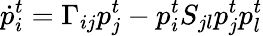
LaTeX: \dot{p}_{i}^{t}=\Gamma_{ij}p_{j}^{t}-p_{i}^{t}S_{jl}p_{j}^{t}p_{l}^{t}